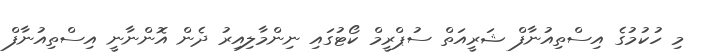
މި ހުކުމުގެ އިސްތިއުނާފް ޝަރީއަތް ސުޕްރީމް ކޯޓުގައި ނިންމާލިއިރު ދެން އޮންނާނީ އިސްތިއުނާފް